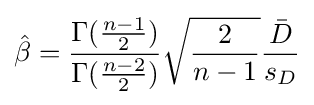
{\hat {\beta }}={\frac {\Gamma ({\frac {n-1}{2}})}{\Gamma ({\frac {n-2}{2}})}}{\sqrt {\frac {2}{n-1}}}{\frac {\bar {D}}{s_{D}}}